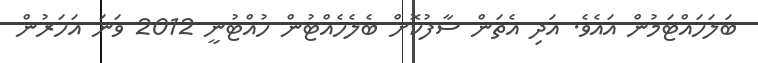
ބަލަހައްޓަމުން އައެވެ. އަދި އެތަން ސާފުކޮށް ބެލެހެއްޓުން ހުއްޓުނީ 2012 ވަނަ އަހަރުން